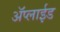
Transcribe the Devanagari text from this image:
ॲप्लाईड